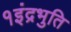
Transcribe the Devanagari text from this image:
१इंद्रभुति